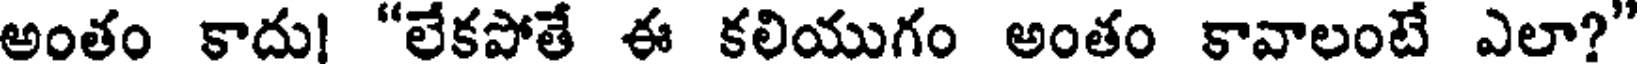
అంతం కాదు! "లేకపోతే ఈ కలియుగం అంతం కావాలంటే ఎలా?"